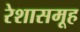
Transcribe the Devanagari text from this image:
रेशासमूह